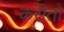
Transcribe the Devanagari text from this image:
करीतो